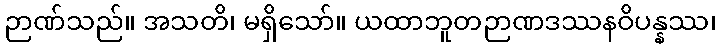
ဉာဏ်သည်။ အသတိ၊ မရှိသော်။ ယထာဘူတဉာဏဒဿနဝိပန္နဿ၊